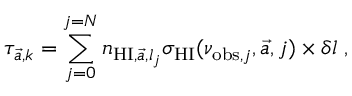
\tau _ { \vec { a } , k } = \sum _ { j = 0 } ^ { j = N } n _ { \mathrm { H I } , \vec { a } , l _ { j } } \sigma _ { \mathrm { H I } } ( \nu _ { \mathrm { o b s } , j } , \vec { a } , j ) \times \delta l \; ,